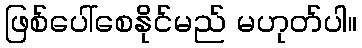
ဖြစ်ပေါ်စေနိုင်မည် မဟုတ်ပါ။